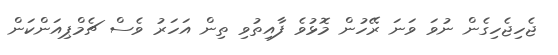
ޖެހިޖެހިގެން ނުވަ ވަނަ ރޭހުން މޮޅުވެ ފާއިތުވި ތިން އަހަރު ވެސް ޗެމްޕިއަންކަން